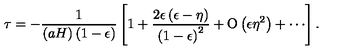
\tau = - { \frac { 1 } { \left( a H \right) \left( 1 - \epsilon \right) } } \left[ 1 + { \frac { 2 \epsilon \left( \epsilon - \eta \right) } { \left( 1 - \epsilon \right) ^ { 2 } } } + \mathrm { O } \left( \epsilon \eta ^ { 2 } \right) + \cdots \right] .